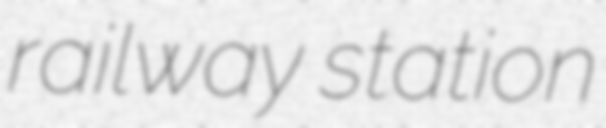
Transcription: railway station